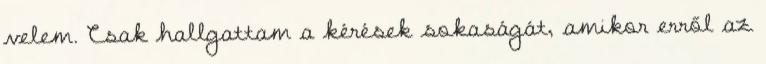
velem. Csak hallgattam a kérések sokaságát, amikor erről az